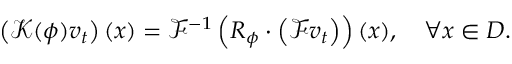
\left( \mathcal { K } ( \phi ) v _ { t } \right) ( x ) = \mathcal { F } ^ { - 1 } \left( R _ { \phi } \cdot \left( \mathcal { F } v _ { t } \right) \right) ( x ) , \quad \forall x \in D .